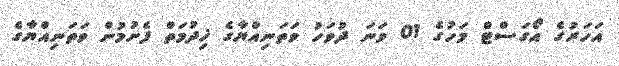
އަހަރުގެ އޯގަސްޓް މަހުގެ 01 ވަނަ ދުވަހު ވަތަނިއްޔާގެ ޚިދުމަތް ފެށުމުން ވަތަނިއްޔާގެ